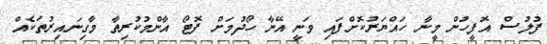
ފުލުސް އޮފީހުން މީނާ ހައްޔަރުކޮށްފައި ވަނީ އޭނާ ހޯދުމަށް ފޮޓޯ އާންމުކުރިތާ މާގިނައިރުތަކެއް